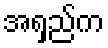
အရှည်က